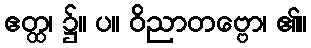
ဧတ္ထ၊ ၌။ ပ။ ဝိညာတဗ္ဗော၊ ၏။